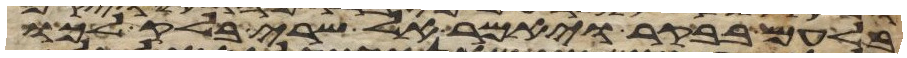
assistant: בלעם בבקר ויאמר אל שרי בלק לכו